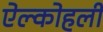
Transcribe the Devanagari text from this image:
ऐल्कोहली